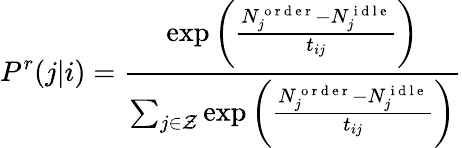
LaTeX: P^{r}(j|i)=\frac{\exp{\left(\frac{N_{j}^{\mathrm{~o~r~d~e~r~}}-N_{j}^{\mathrm{~i~d~l~e~}}}{t_{ij}}\right)}}{\sum_{j\in\mathcal{Z}}\exp{\left(\frac{N_{j}^{\mathrm{~o~r~d~e~r~}}-N_{j}^{\mathrm{~i~d~l~e~}}}{t_{ij}}\right)}}